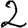
Digit: 2